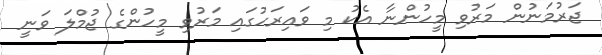
ޖަރުމަނުން މަރުވި މީހުންނާ އެކު މި ވައިރަހުގައި މަރުވި މީހުންގެ ޖުމްލަ ވަނީ